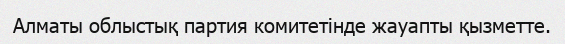
Алматы облыстық партия комитетінде жауапты қызметте.